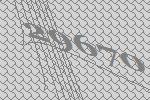
29670